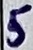
Text: 5